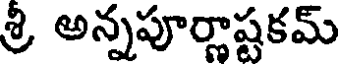
శ్రీ అన్నపూర్జాష్టకమ్